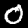
Digit: 0